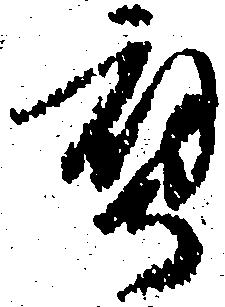
鷹